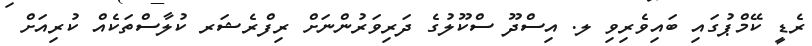
ރެޑީ ކޭމްޕުގައި ބައިވެރިވި ލ. އިސްދޫ ސްކޫލުގެ ދަރިވަރުންނަށް ރިފްރެޝަރ ކުލާސްތަކެއް ކުރިއަށް